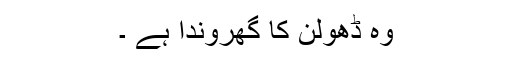
وہ ڈھولن کا گھروندا ہے ۔